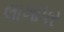
લાખાપર